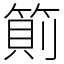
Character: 䈟